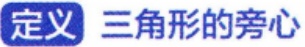
定义 三角形的旁心